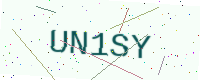
Text: UN1SY